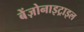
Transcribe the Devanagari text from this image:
बेंज़ोनाइट्राइल